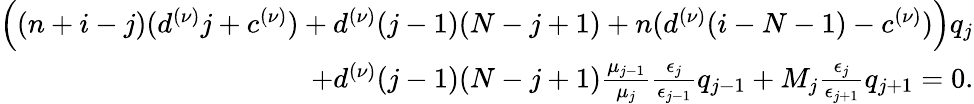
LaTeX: \begin{array}{r}{\Big((n+i-j)(d^{(\nu)}j+c^{(\nu)})+d^{(\nu)}(j-1)(N-j+1)+n(d^{(\nu)}(i-N-1)-c^{(\nu)})\Big)q_{j}}\\ {+d^{(\nu)}(j-1)(N-j+1)\frac{\mu_{j-1}}{\mu_{j}}\frac{\epsilon_{j}}{\epsilon_{j-1}}q_{j-1}+M_{j}\frac{\epsilon_{j}}{\epsilon_{j+1}}q_{j+1}=0.}\end{array}